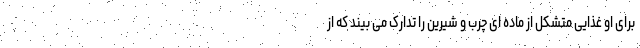
برای او غذایی متشکل از ماده ای چرب و شیرین را تدارک می بیند که از